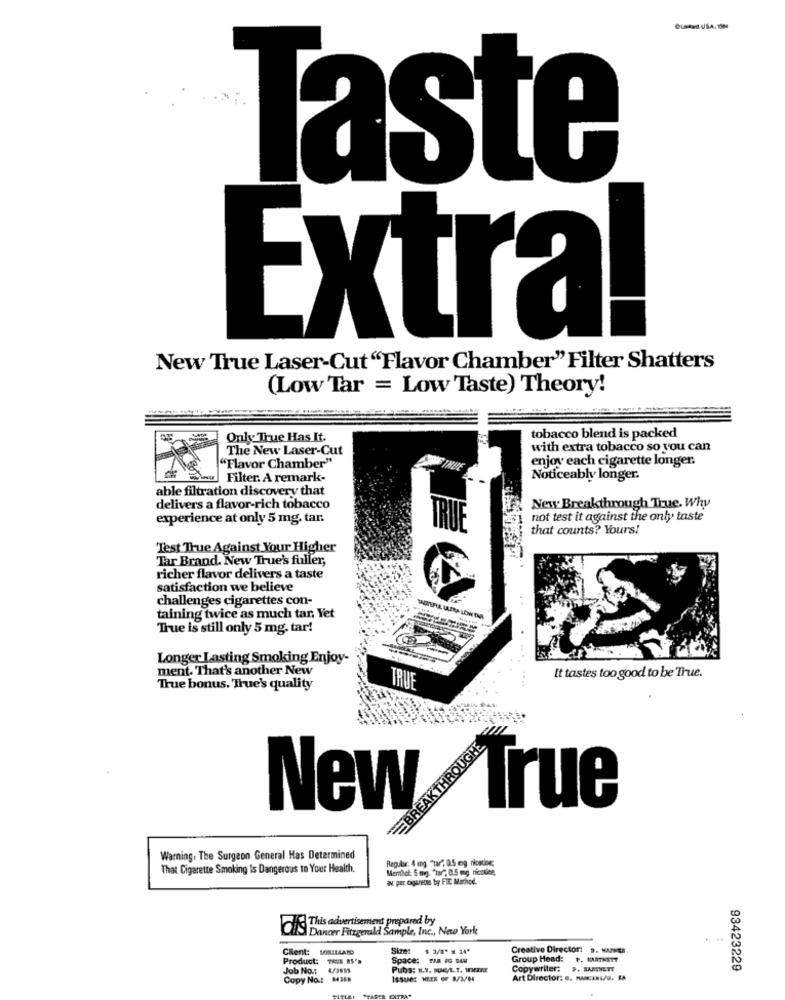
OLAYd USA. 10
Taste
Extra!
New True Laser-Cut "Flavor Chamber" Filter Shatters
(Low 'Tar = Low Taste) Theory!
Only True Has It.
tobacco blend is packed
The New Laser-Cut
with extra tobacco so you can
enjoy each cigarette longer.
"Flavor Chamber"
Filter. A remark-
Noticeably longer.
able filtration discovery that
delivers a flavor-rich tobacco
New. Breakthrough True. Why
experience at only 5 mg. tar.
not test it against the only taste
that counts? Yours!
Test True Against Your Higher
Tar Brand. New True's fuller,
richer flavor delivers a taste
satisfaction we believe
challenges cigarettes con-
taining twice as much tar, Yet
True is still only 5 mg. tar!
Longer Lasting Smoking Enjoy-
ment. That's another New
It tastes too good to be True.
True bonus. 'True's quality
TRUE
BREAKTHROUGHE
New
True
Warning. The Surgeon General Has Determined
Regular: 4 mg. "tar", 0.5 mg. nicsting;
That Cigarette Smoking Is Dangerous to Your Health.
W per cigarette by FIE Method.
This advertisement prepared by
Dancer Fitzgerald Sample, Inc ., New Yorke
Client: LORILLARD
Size:
Creative Director: 3. KANER.
Product: TRUE BS'>
Space: THE IG BEN
Group Head:
P. KARTNETT
Job No .: 4/3655
Pubs: N.Y. NUMG/L.T, WHINE
Copywriter:
93423229
Copy No .: 84368
189462 MEER OF 9/3/84
Art Director: e. mani/o. LA